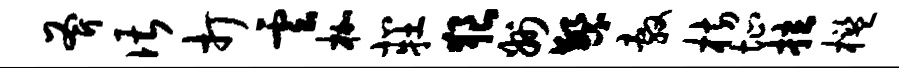
斧谌打云枷北牡狼州繁敷枋址拉槛